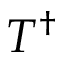
T ^ { \dagger }